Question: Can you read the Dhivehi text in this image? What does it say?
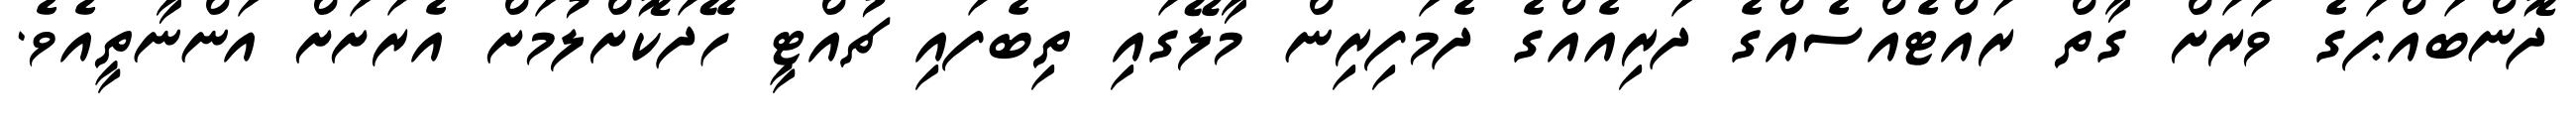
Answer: ދޮންބައްޕަގެ ވަރަށް ގާތް ރައްޓެއްސެއްގެ ދަރިއެއްގެ ދެމަފިރިން މާލޭގައި ތިބެފައި ޗުއްޓީ ހޭދަކޮށްލުމަށް އެރަށަށް އަންނާތީއެވެ.